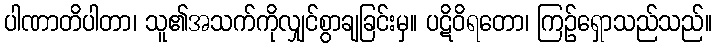
ပါဏာတိပါတာ၊ သူ၏အသက်ကိုလျှင်စွာချခြင်းမှ။ ပဋိဝိရတော၊ ကြဉ်ရှောသည်သည်။